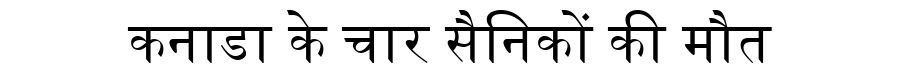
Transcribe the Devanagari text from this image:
कनाडा के चार सैनिकों की मौत